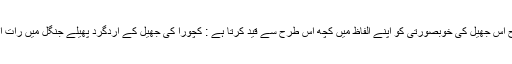
ایک اور سیاح اس جھیل کی خوبصورتی کو اپنے الفاظ میں کچھ اس طرح سے قید کرتا ہے : کچورا کی جھیل کے اردگرد پھیلے جنگل میں رات اُتر چکی تھی۔